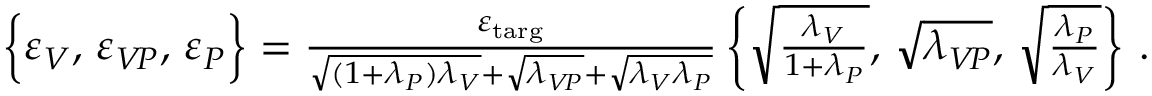
\begin{array} { r } { \left\lbrace \vphantom { \frac { \sum _ { 1 } } { \sum _ { 1 } } } \varepsilon _ { V } , \, \varepsilon _ { V \! P } , \, \varepsilon _ { P } \right\rbrace = \frac { \varepsilon _ { \mathrm { t a r g } } } { \sqrt { ( 1 + \lambda _ { P } ) \lambda _ { V } } + \sqrt { \lambda _ { V \! P } } + \sqrt { \lambda _ { V } \lambda _ { P } } } \left\lbrace \vphantom { \frac { \sum _ { 1 } } { \sum _ { 1 } } } \sqrt { \frac { \lambda _ { V } } { 1 + \lambda _ { P } } } , \, \sqrt { \lambda _ { V \! P } } , \, \sqrt { \frac { \lambda _ { P } } { \lambda _ { V } } } \right\rbrace \, . } \end{array}